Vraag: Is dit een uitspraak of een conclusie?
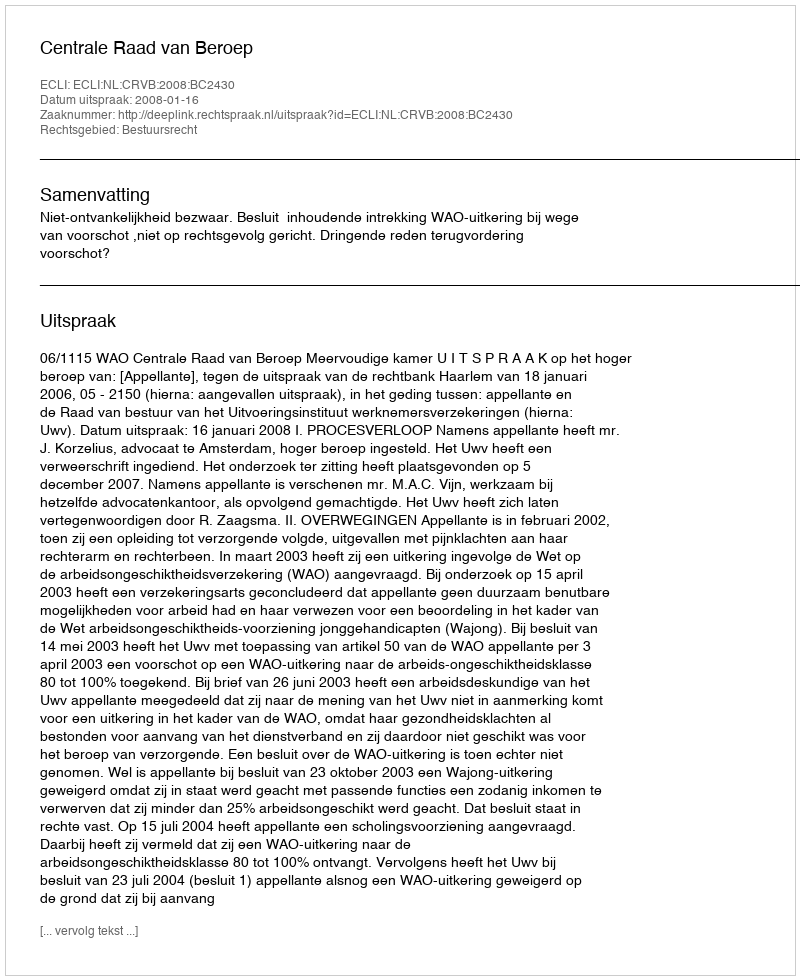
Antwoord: Uitspraak